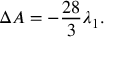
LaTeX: \Delta { \cal A } = - \frac { 2 8 } { 3 } \lambda _ { 1 } .